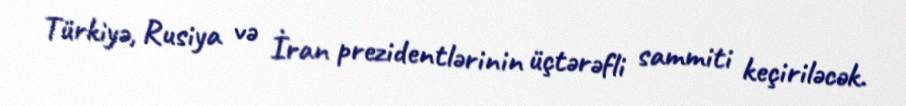
Türkiyə, Rusiya və İran prezidentlərinin üçtərəfli sammiti keçiriləcək.